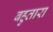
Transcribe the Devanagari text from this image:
बहुतारा